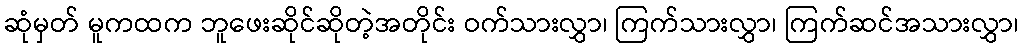
ဆုံမှတ် မူကထက ဘူဖေးဆိုင်ဆိုတဲ့အတိုင်း ဝက်သားလွှာ၊ ကြက်သားလွှာ၊ ကြက်ဆင်အသားလွှာ၊